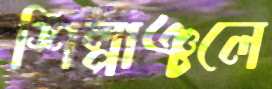
শিল্পাঞ্চলে